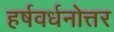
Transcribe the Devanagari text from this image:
हर्षवर्धनोत्तर